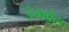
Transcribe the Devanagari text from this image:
उंचावेल